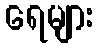
ရေများ